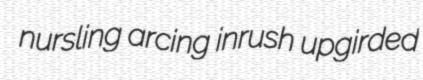
nursling arcing inrush upgirded